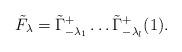
LaTeX: \begin{align*} \tilde F_{\lambda}= \tilde\Gamma^+_{-\lambda_1}\dots \tilde\Gamma^+_{-\lambda_l}(1). \end{align*}